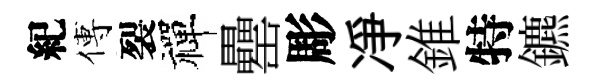
紀傅裂禪罍彫凈錐特鑣